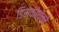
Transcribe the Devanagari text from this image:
डिस्कोथेकों